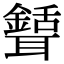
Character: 𦗾